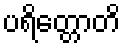
ပရိတ္တောတိ